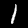
Digit: 1